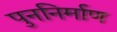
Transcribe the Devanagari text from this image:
पुननिर्माण